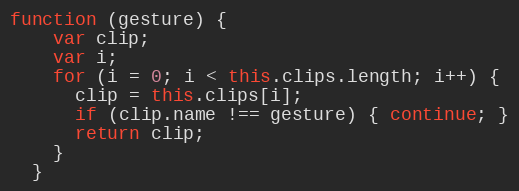
Language: JavaScript
function (gesture) {
    var clip;
    var i;
    for (i = 0; i < this.clips.length; i++) {
      clip = this.clips[i];
      if (clip.name !== gesture) { continue; }
      return clip;
    }
  }